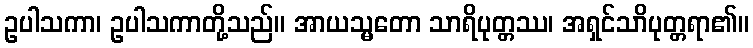
ဥပါသကာ၊ ဥပါသကာတို့သည်။ အာယသ္မတော သာရိပုတ္တဿ၊ အရှင်သာိပုတ္တရာ၏။